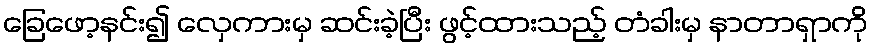
ခြေဖော့နင်း၍ လှေကားမှ ဆင်းခဲ့ပြီး ဖွင့်ထားသည့် တံခါးမှ နာတာရှာကို